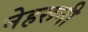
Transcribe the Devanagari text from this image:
नेहरूनी